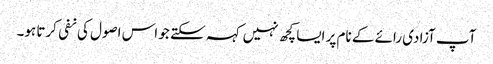
آپ آزادی رائے کے نام پر ایسا کچھ نہیں کہہ سکتے جو اس اصول کی نفی کرتا ہو۔